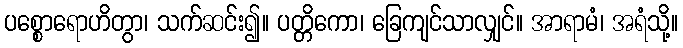
ပစ္စောရောဟိတွာ၊ သက်ဆင်း၍။ ပတ္တိကော၊ ခြေကျင်သာလျှင်။ အာရာမံ၊ အရံသို့။